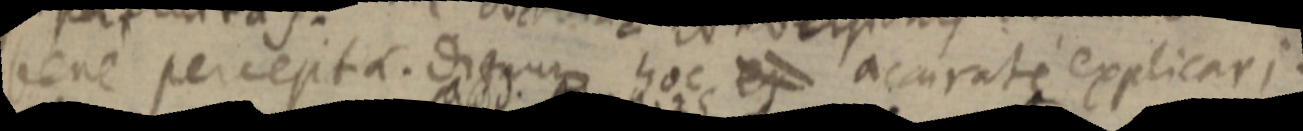
bene percepta. dignum hoc er accurati explicari.